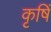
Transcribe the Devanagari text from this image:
कृषिं